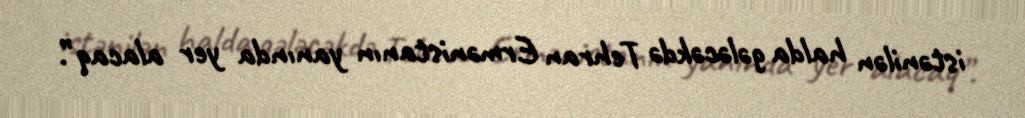
istənilən halda gələcəkdə Tehran Ermənistanın yanında yer alacaq”.